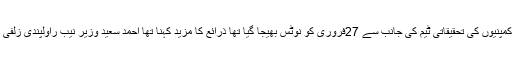
ذرائع کا مزید کہنا تھا کہ نیب راولپنڈی کی جانب سے پانامہ پیپرز کے آنے کے بعد چھ آف شورز کمپنیوں کی تحقیقاتی ٹیم کی جانب سے 27فروری کو نوٹس بھیجا گیا تھا ذرائع کا مزید کہنا تھا احمد سعید وزیر نیب راولپندی زلفی بخاری کو نوٹس بھیجا گیا لیکن زلفی بخاری پاکستان میں موجود ہونے کے باوجود پیش نہیں ہوئے ۔